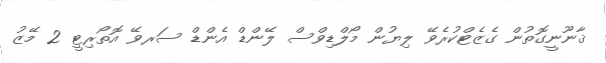
ޤާނޫނީގޮތުން ގެޒެޓްކުރެވޭ ލިޔުން މޯލްޑިވްސް ލޭންޑް އެންޑް ސަރވޭ އޮތޯރިޓީ 2 މޭޒު